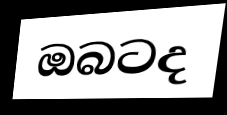
ඔබටද